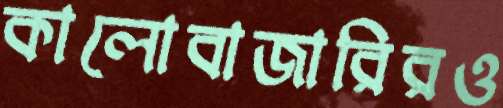
কালোবাজারিরও